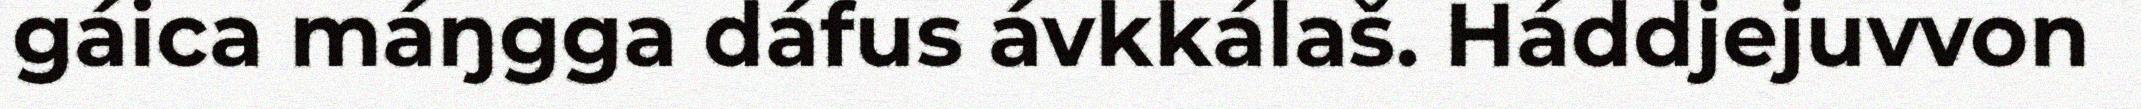
gáica máŋgga dáfus ávkkálaš. Háddjejuvvon